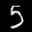
Label: 5